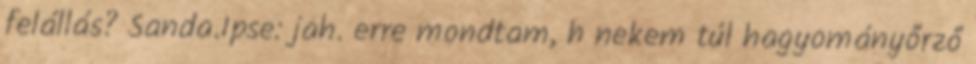
felállás? Sanda.Ipse: jah. erre mondtam, h nekem túl hagyományőrző